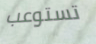
تستوعب